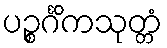
ပဉ္စင်္ဂိကသုတ္တံ